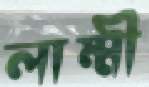
লাম্মী